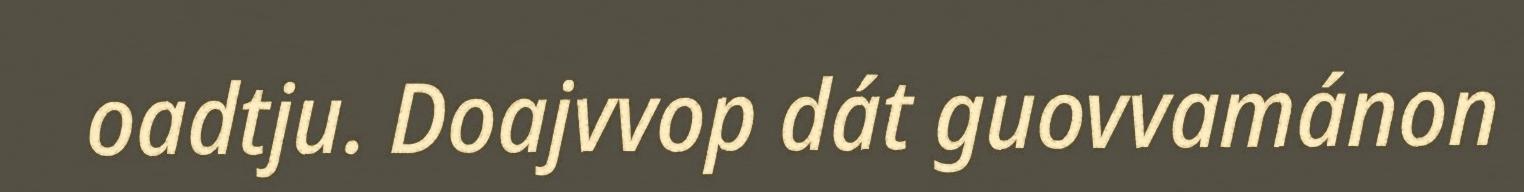
oadtju. Doajvvop dát guovvamánon